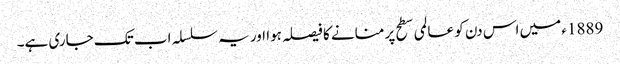
1889ء میں اس دن کو عالمی سطح پر منانے کا فیصلہ ہوا اور یہ سلسلہ اب تک جاری ہے۔